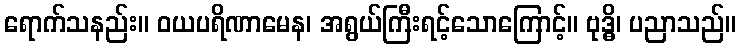
ရောက်သနည်း။ ဝယပရိဏာမေန၊ အရွယ်ကြီးရင့်သောကြောင့်။ ဗုဒ္ဓိ၊ ပညာသည်။